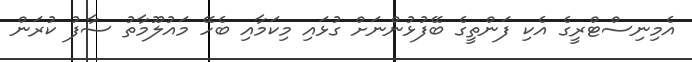
އެމިނިސްޓްރީގެ އެކި ފަންތީގެ ބޭފުޅުންނަށް ގުޅައި މިކަމާއި ބެހޭ މައުލޫމާތު ސާފު ކުރަން